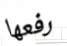
رفعها